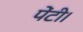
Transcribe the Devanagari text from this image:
पेंटी।